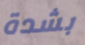
بشدة